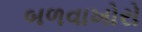
બળવાખોરો